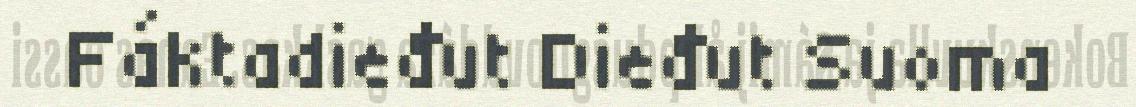
Fáktadieđut Dieđut Suoma